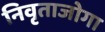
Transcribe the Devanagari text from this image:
निवृताजोगा